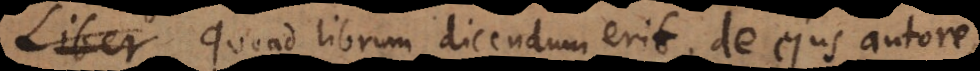
Quoad librum, dicendum erit de ejus autore,